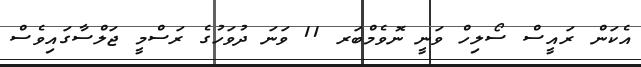
އެކަން ރައީސް ސޯލިހް ވަނީ ނޮވެމްބަރ 11 ވަނަ ދުވަހުގެ ރަސްމީ ޖަލްސާގައިވެސް